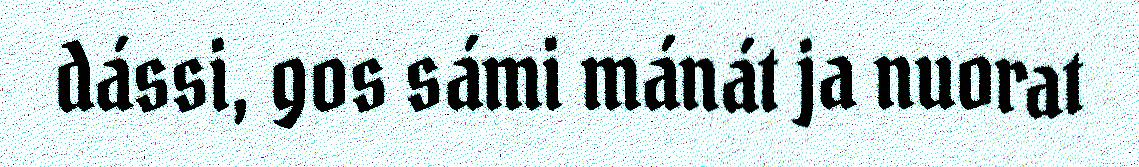
dássi, gos sámi mánát ja nuorat